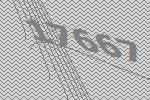
17667